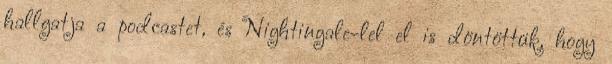
hallgatja a podcastet, és Nightingale-lel el is döntöttük, hogy